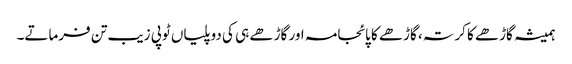
ہمیشہ گاڑھے کا کرتہ، گاڑھے کا پائجامہ اور گاڑھے ہی کی دوپلیاں ٹوپی زیب تن فرماتے۔